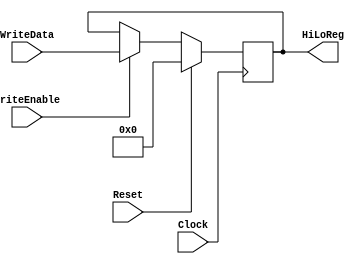
`timescale 1ns / 1ps
//////////////////////////////////////////////////////////////////////////////////
// Company: 
// Engineer: 
// 
// Design Name: 
// Module Name: HiLORegisters
// Project Name: 
// Target Devices: 
// Tool Versions: 
// Description: 
// 
// Dependencies: 
// 
// Revision:
// Revision 0.01 - File Created
// Additional Comments:
// 
//////////////////////////////////////////////////////////////////////////////////
module HiLoRegister(WriteEnable , WriteData, HiLoReg, Clock, Reset);
    input Reset, Clock, WriteEnable;
    input [63:0] WriteData;
    
    output reg [63:0] HiLoReg; 

    initial begin
        HiLoReg <= 64'd0;
    end
    
    always @(negedge Clock) begin
        if(Reset) begin
            HiLoReg <= 64'd0;
        end else if(WriteEnable) begin
            HiLoReg <= WriteData;
        end
    end
endmodule